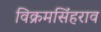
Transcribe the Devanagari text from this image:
विक्रमसिंहराव